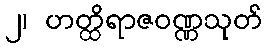
၂၊ ဟတ္ထိရာဇဝဏ္ဏသုတ်